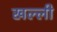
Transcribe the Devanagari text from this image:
खल्ली